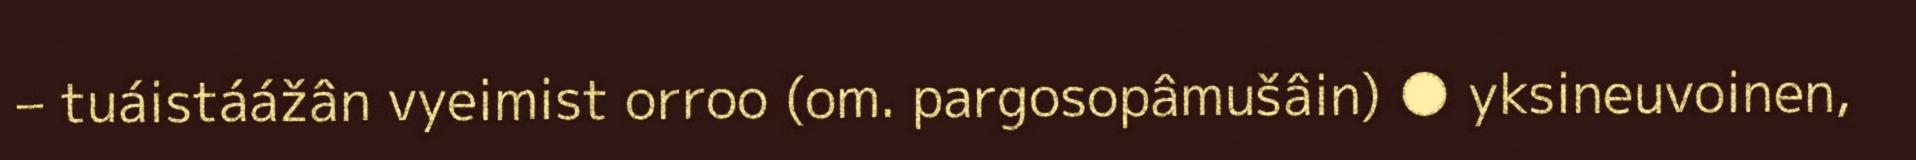
– tuáistáážân vyeimist orroo (om. pargosopâmušâin) ● yksineuvoinen,